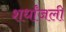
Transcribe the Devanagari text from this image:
शर्धांजली